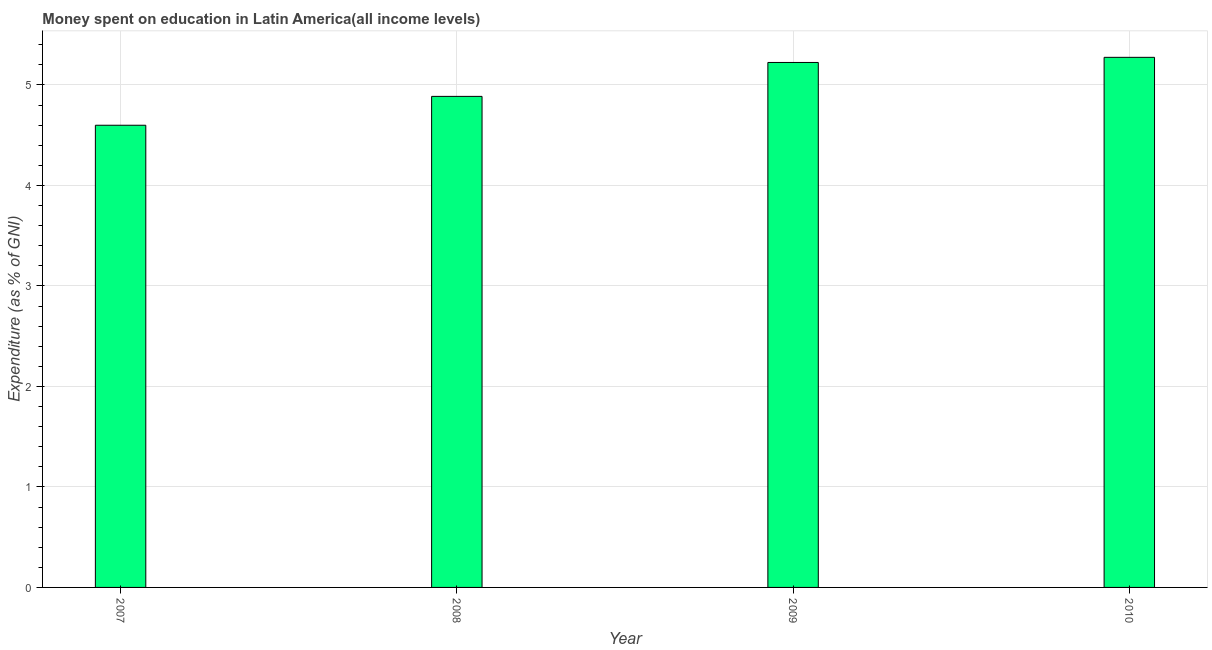
| Year | Education expenditure |
 | --- | --- |
 | 2007 | 4.6 |
 | 2008 | 4.89 |
 | 2009 | 5.22 |
 | 2010 | 5.28 |